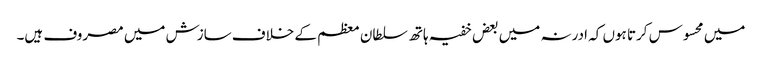
میں محسوس کرتا ہوں کہ ادرنہ میں بعض خفیہ ہاتھ سلطان معظم کے خلاف سازش میں مصروف ہیں۔